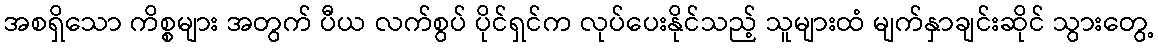
အစရှိသော ကိစ္စများ အတွက် ပီယ လက်စွပ် ပိုင်ရှင်က လုပ်ပေးနိုင်သည့် သူများထံ မျက်နှာချင်းဆိုင် သွားတွေ့